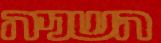
השניה